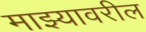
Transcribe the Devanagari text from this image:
माझ्यावरील